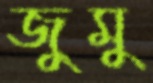
জুমু